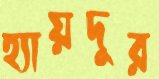
হ্যায়দুর